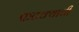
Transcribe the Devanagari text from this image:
फटक्याची